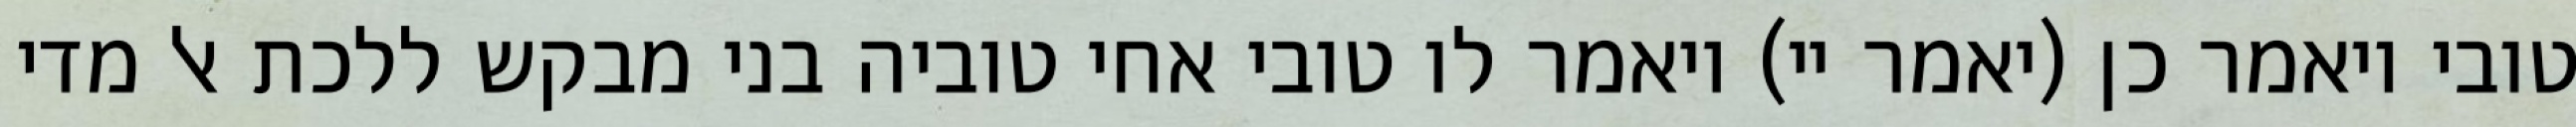
טובי ויאמר כן (יאמר יי) ויאמר לו טובי אחי טוביה בני מבקש ללכת אל מדי